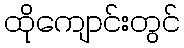
ထိုကျောင်းတွင်